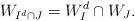
LaTeX: \begin{align*}W_{I^d\cap J}=W_I^d\cap W_J.\end{align*}